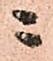
ニ